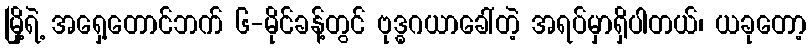
မြို့ရဲ့ အရှေ့တောင်ဘက် ၆-မိုင်ခန့်တွင် ဗုဒ္ဓဂယာခေါ်တဲ့ အရပ်မှာရှိပါတယ်၊ ယခုတော့